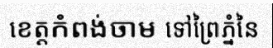
ខេត្តកំពង់ចាម ទៅព្រៃភ្នំនៃ